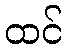
ထင်